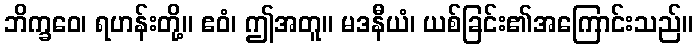
ဘိက္ခဝေ၊ ရဟန်းတို့။ ဧဝံ၊ ဤအတူ။ မဒနီယံ၊ ယစ်ခြင်း၏အကြောင်းသည်။